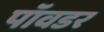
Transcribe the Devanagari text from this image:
पॉवडर